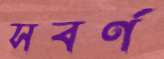
সবর্ণ